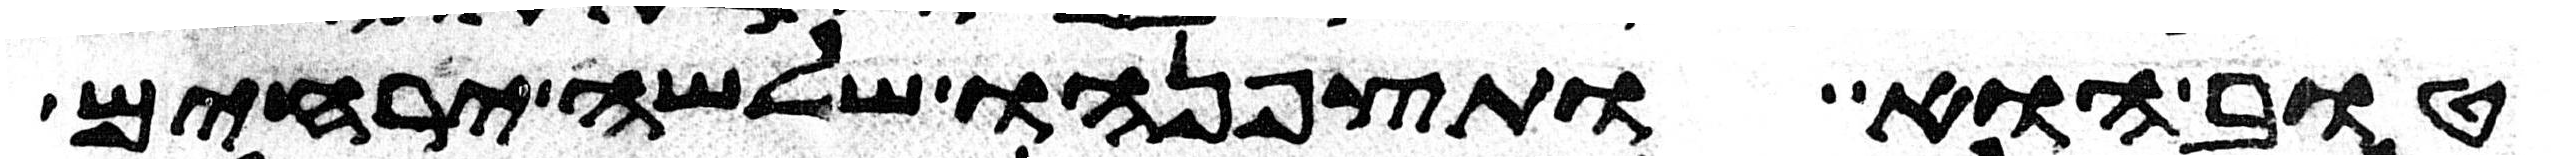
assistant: טוב הוא ותצפנהו שלשה ירחים